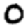
Digit: 0